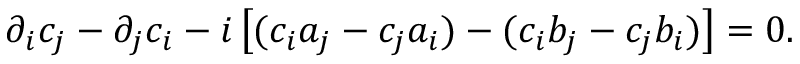
\partial _ { i } c _ { j } - \partial _ { j } c _ { i } - i \left[ ( c _ { i } a _ { j } - c _ { j } a _ { i } ) - ( c _ { i } b _ { j } - c _ { j } b _ { i } ) \right] = 0 .